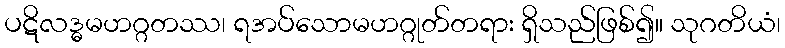
ပဋိလဒ္ဓမဟဂ္ဂတဿ၊ ရအပ်သောမဟဂ္ဂုတ်တရား ရှိသည်ဖြစ်၍။ သုဂတိယံ၊